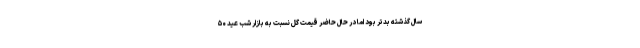
سال گذشته بدتر بود اما در حال حاضر قیمت گل نسبت به بازار شب عید ۵۰